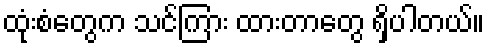
ထုံးစံတွေက သင်ကြား ထားတာတွေ ရှိပါတယ်။